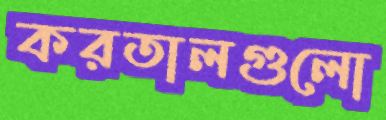
করতালগুলো